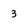
Character: 3